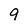
Character: 9